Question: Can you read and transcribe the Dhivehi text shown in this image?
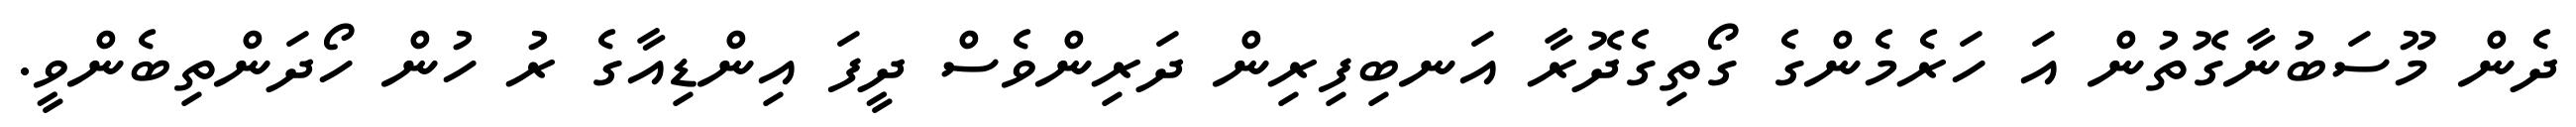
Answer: ދެން މޫސަބުނާގޮތުން އަ ހަރެމެންގެ ގޯތިގެދޮރާ އަނބިފިރިން ދަރިންވެސް ދީފަ އިންޑިއާގެ ރު ހުން ހޯދަންތިބެންވީ.